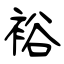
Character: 裕